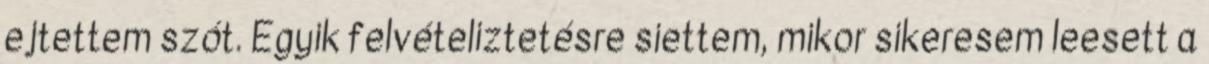
ejtettem szót. Egyik felvételiztetésre siettem, mikor sikeresem leesett a